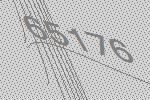
65176